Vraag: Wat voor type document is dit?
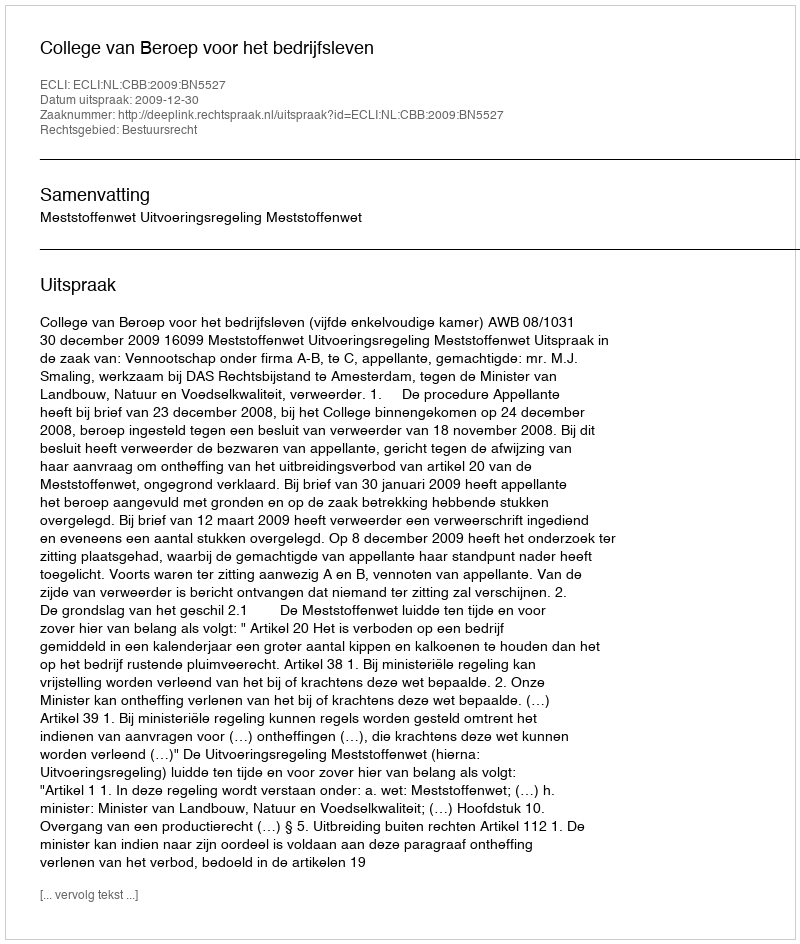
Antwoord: Uitspraak